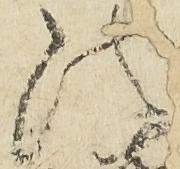
法